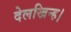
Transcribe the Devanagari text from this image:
देलखिन्ह।